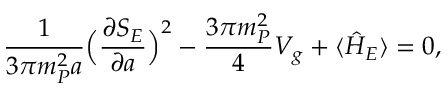
\frac { 1 } { 3 \pi m _ { P } ^ { 2 } a } \Bigl ( \frac { \partial S _ { E } } { \partial a } \Bigr ) ^ { 2 } - \frac { 3 \pi m _ { P } ^ { 2 } } { 4 } V _ { g } + \langle \hat { H } _ { E } \rangle = 0 ,